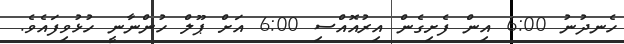
ހެނދުނު 6:00 އިން ފެށިގެން އިރުއޮއްސި 6:00 އަށް ޕޫލް ހުންނާނީ ހުޅުވިފައެވެ.